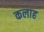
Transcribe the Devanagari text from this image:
कलाह